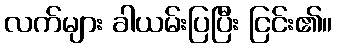
လက်များ ခါယမ်းပြပြီး ငြင်း၏။